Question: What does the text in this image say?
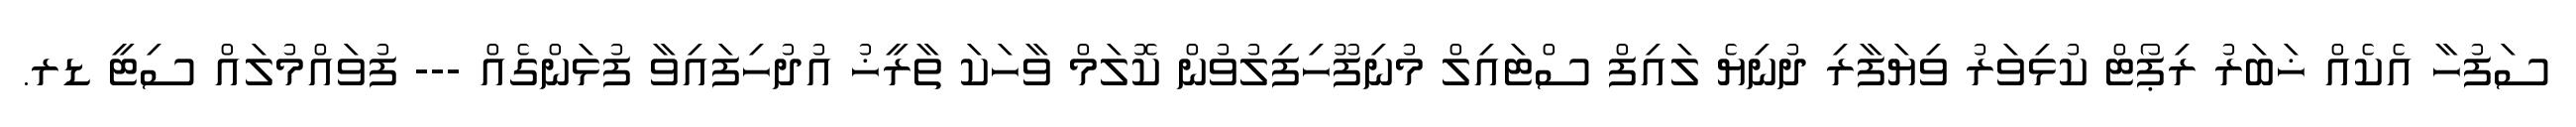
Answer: ސަފުހާ އެކެއް ޚަބަރު ރިޕޯޓް ކުޅިވަރު ވިޔަފާރި ދުނިޔެ ލައިފް ސްޓައިލް މުނިފޫހިފިލުވުން ކޮލަމް ވާހަކަ ތާރީޚު އުދުހިފައިވާ ފުޅަންގެއް --- ފުވައްމުލައް ސިޓީ ޑރ.